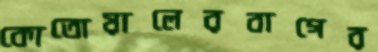
কোতোয়ালেরবাগের